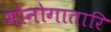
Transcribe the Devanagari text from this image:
मोनोगातारि